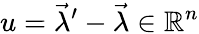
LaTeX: u={\vec{\lambda}}^{\prime}-{\vec{\lambda}}\in\mathbb{R}^{n}